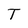
Character: T